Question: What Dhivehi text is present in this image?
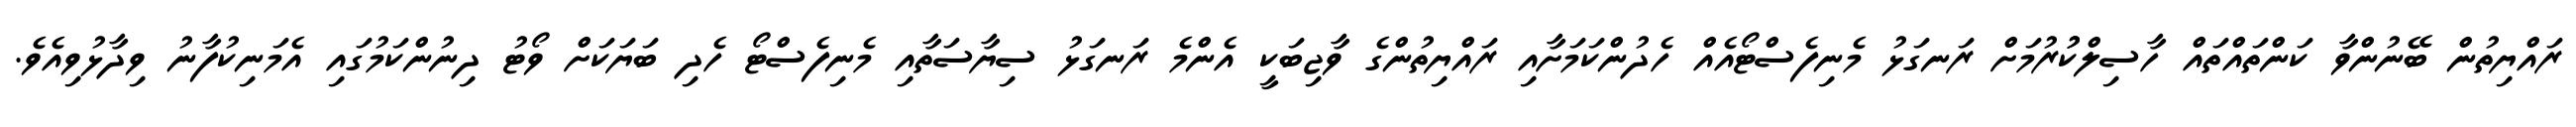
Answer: ރައްޔިތުން ބޭނުންވާ ކަންތައްތައް ހާސިލްކުުރުމަށް ރަނގަޅު މެނިފެސްޓޯއެއް ހެދުންކަމަށާއި ރައްޔިތުންގެ ވާޖިބަކީ އެންމެ ރަނގަޅު ސިޔާސަތާއި މެނިފެސްޓޯ ހެދި ބަޔަކަށް ވޯޓު ދިނުންކަމުގައި އެމަނިކުފާނު ވިދާޅުވިއެވެ.